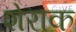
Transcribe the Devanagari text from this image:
शेराक